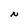
Character: N